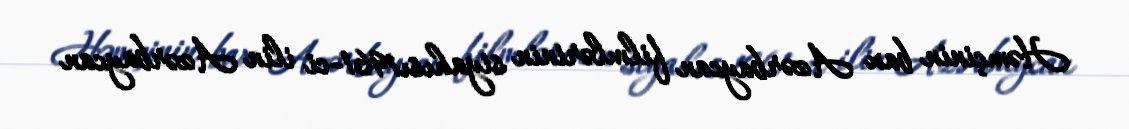
Həmçinin bax Azərbaycan filmlərinin siyahısı1961-ci ilin Azərbaycan